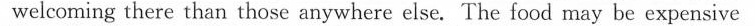
welcoming there than those anywhere else. The food may be expensive